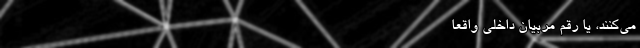
می‌‌‌‌‌‌‌‌‌‌‌‌‌‌‌‌‌‌‌‌‌‌‌‌‌‌‌‌‌‌‌‌‌‌‌کنند، یا رقم مربیان داخلی واقعا